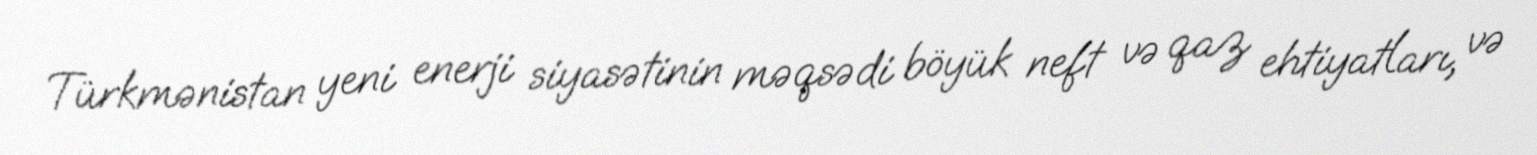
Türkmənistan yeni enerji siyasətinin məqsədi böyük neft və qaz ehtiyatları, və